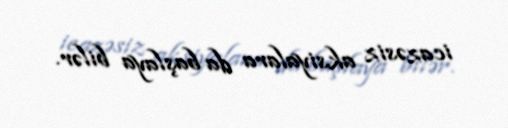
icazəsiz aksiyalara da başlaya bilər.